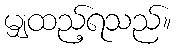
မျှထည့်ရသည်။